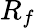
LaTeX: R_{f}